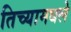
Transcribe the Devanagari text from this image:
तिच्यामधले